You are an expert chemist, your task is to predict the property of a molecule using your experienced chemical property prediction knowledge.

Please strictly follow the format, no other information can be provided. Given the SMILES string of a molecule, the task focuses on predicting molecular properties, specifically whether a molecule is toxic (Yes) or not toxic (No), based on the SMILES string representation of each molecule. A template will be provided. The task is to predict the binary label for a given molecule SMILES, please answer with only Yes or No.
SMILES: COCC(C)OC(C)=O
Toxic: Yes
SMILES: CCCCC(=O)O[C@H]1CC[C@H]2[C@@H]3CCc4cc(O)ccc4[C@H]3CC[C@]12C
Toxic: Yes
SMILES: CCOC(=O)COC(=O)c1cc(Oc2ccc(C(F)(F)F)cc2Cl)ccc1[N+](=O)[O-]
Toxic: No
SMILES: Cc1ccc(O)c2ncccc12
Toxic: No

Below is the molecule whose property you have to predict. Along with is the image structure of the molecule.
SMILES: CC(O)CC(C)(C)O
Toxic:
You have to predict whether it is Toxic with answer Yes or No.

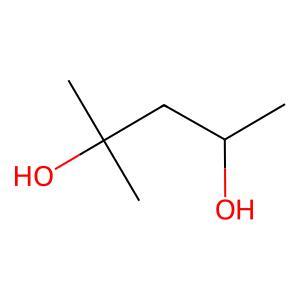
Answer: No